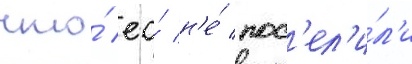
что́ ео́ н'е́ пос'ел'и́л'и